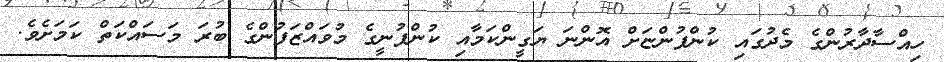
ހިއްސާދާރުންގެ މެދުގައި ކުންފުންޏަށް އޮންނަ ޔަގީންކަމާއި ކުންފުނީގެ މުވައްޒަފުންގެ ބުރަ މަސައްކަތް ކަމަށެވެ.